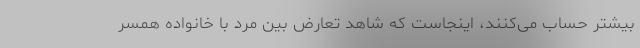
بیشتر حساب می‌کنند، اینجاست که شاهد تعارض بین مرد با خانواده همسر